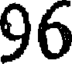
96